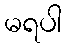
မရပါ